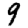
Digit: 9